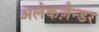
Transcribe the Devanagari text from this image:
अलेकज़ैन्डर